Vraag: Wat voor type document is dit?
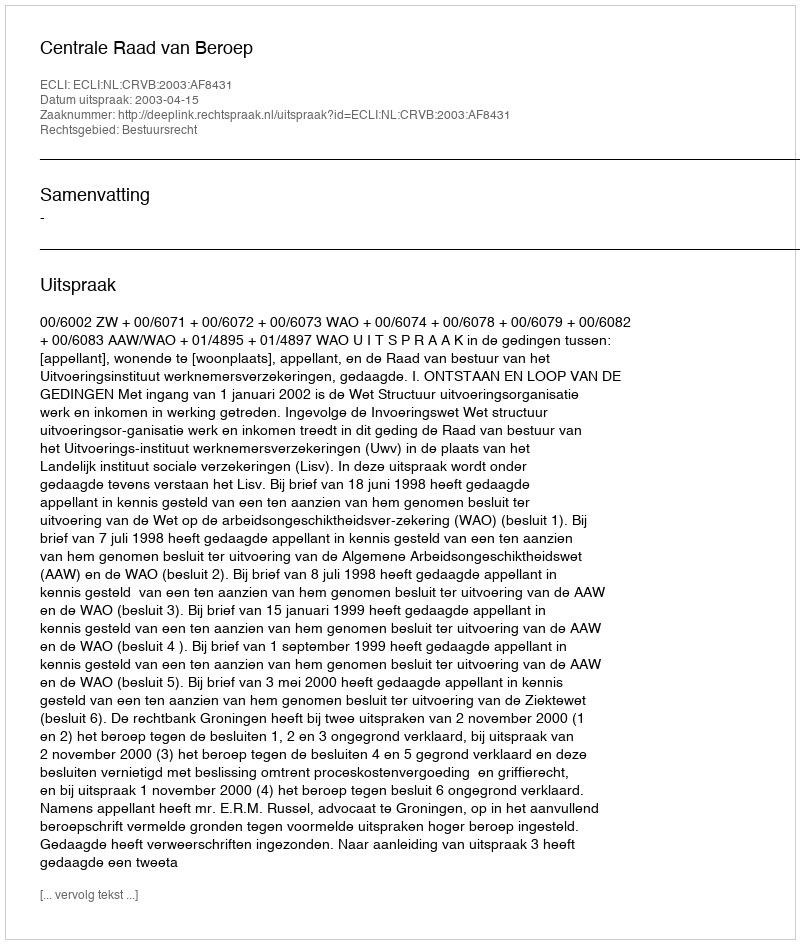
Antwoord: Uitspraak